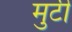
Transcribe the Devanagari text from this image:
मुटी